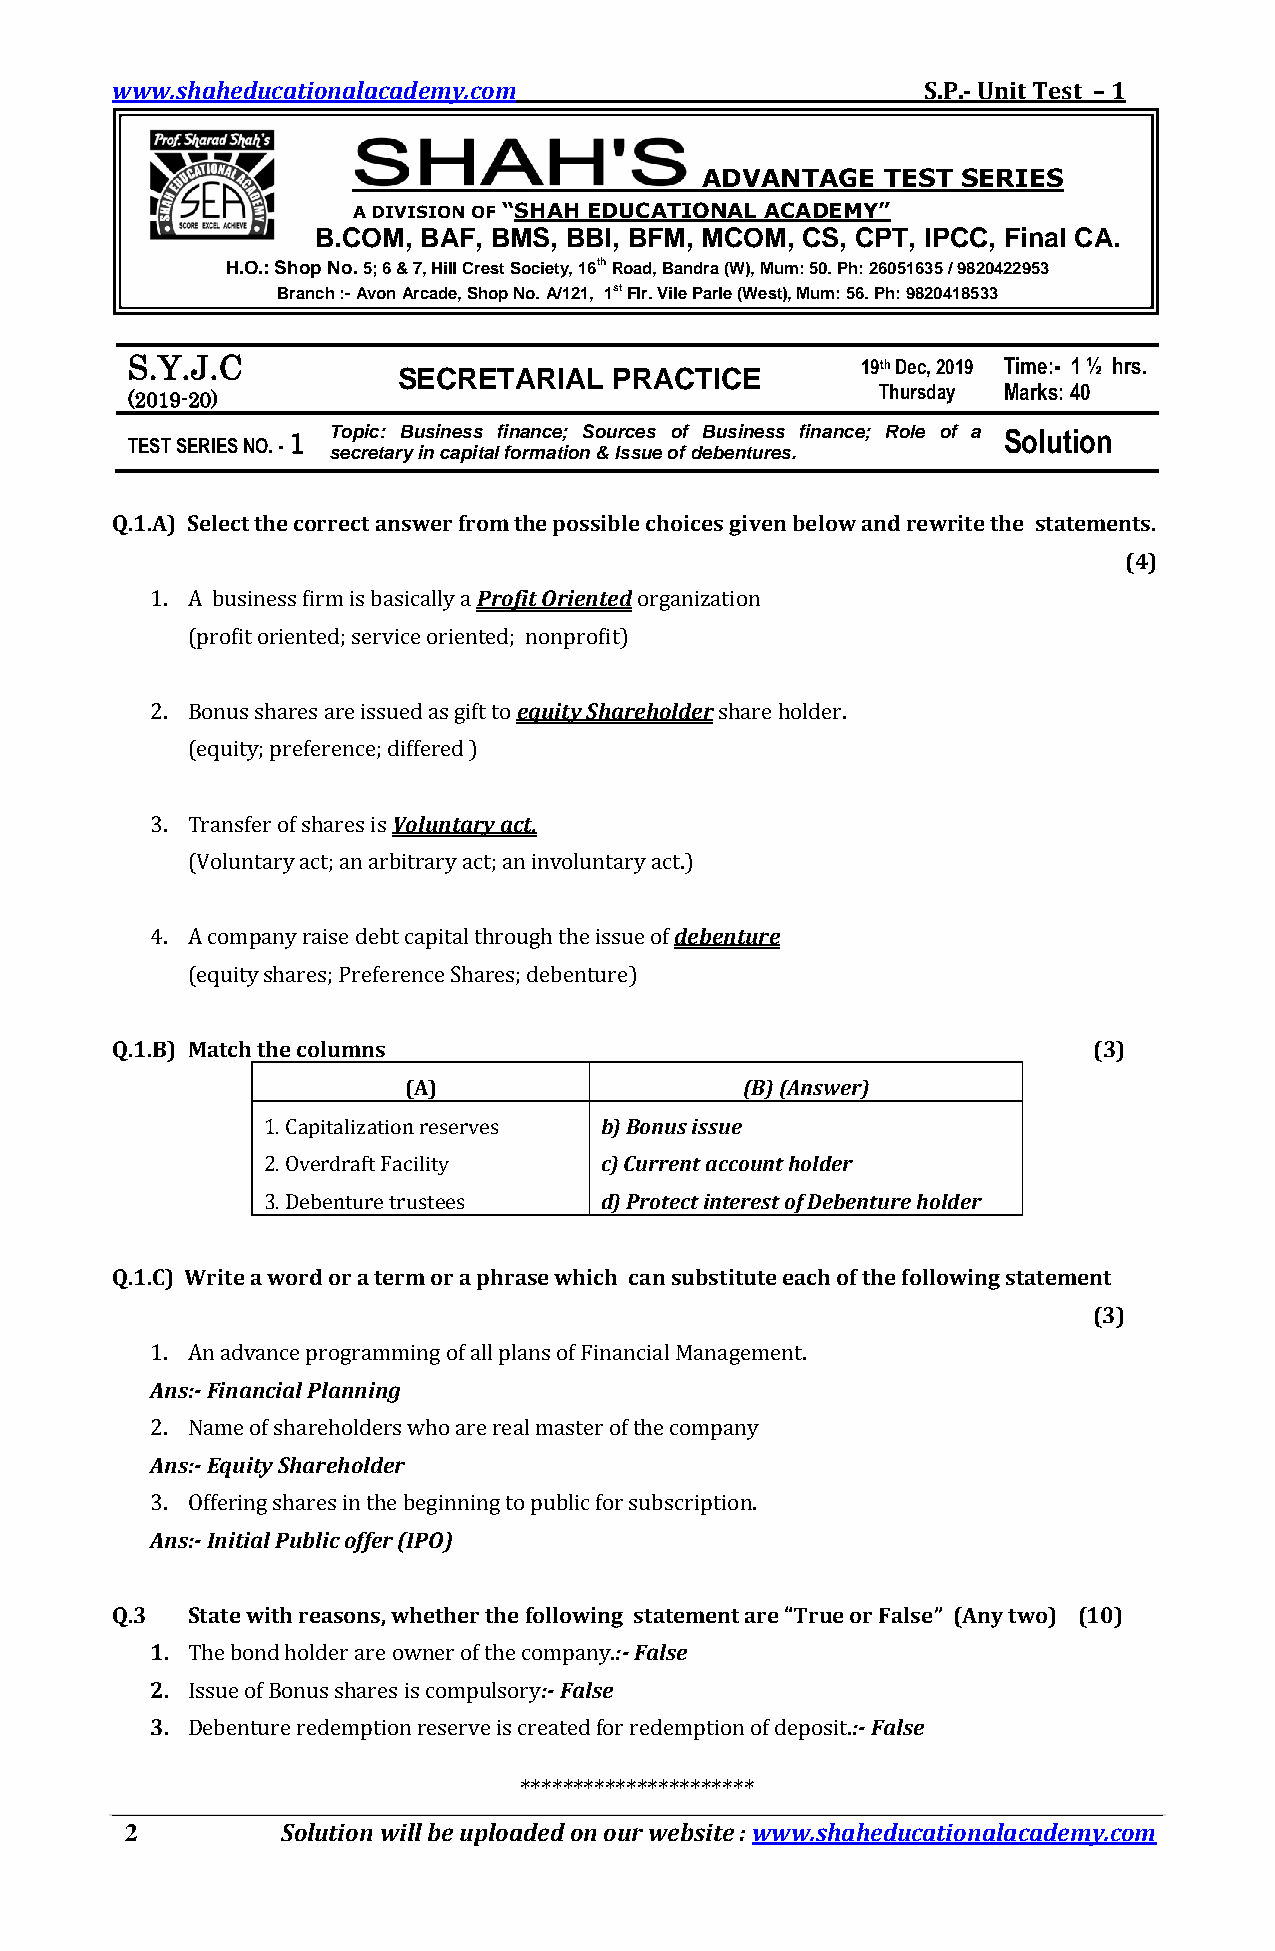
www.shaheducationalacademy.com                        S.P.- Unit Test – 1
 ADVANTAGE    TEST SERIES
 A DIVISION OF “SHAH EDUCATIONAL ACADEMY”
 B.COM, BAF, BMS, BBI, BFM, MCOM, CS, CPT, IPCC, Final CA.
 H.O.: Shop No. 5; 6 & 7, Hill Crest Society, 16th Road, Bandra (W), Mum: 50. Ph: 26051635 / 9820422953
 Branch :- Avon Arcade, Shop No. A/121, 1st Flr. Vile Parle (West), Mum: 56. Ph: 9820418533
 S.Y.J.C                                          19th Dec, 2019 Time:- 1 ½ hrs.
 SECRETARIAL    PRACTICE
 (2019-20)
 Thursday Marks: 40
 TEST SERIES NO. -
 1  T seo cp ri ec t:
 a
 rB
 y
 u ins i cn ae ps is
 t
 alf i fn oa rmnc ae t;
 io
 nS o &u Ir sc se us
 e
 oo ff deB bu es nin tue rs es
 s .
 f i nance; Role of a Solution
 Q.1.A) Select the correct answer from the possible choices given below and rewrite the statements.
 (4)
 1. A business firm is basically a Profit Oriented organization
 (profit oriented; service oriented; nonprofit)
 2. Bonus shares are issued as gift to equity Shareholder share holder.
 (equity; preference; differed )
 3. Transfer of shares is Voluntary act.
 (Voluntary act; an arbitrary act; an involuntary act.)
 4. A company raise debt capital through the issue of debenture
 (equity shares; Preference Shares; debenture)
 Q.1.B) Match the columns                                         (3)
 (A)                   (B) (Answer)
 1. Capitalization reserves b) Bonus issue
 2. Overdraft Facility  c) Current account holder
 3. Debenture trustees  d) Protect interest of Debenture holder
 Q.1.C) Write a word or a term or a phrase which can substitute each of the following statement
 (3)
 1. An advance programming of all plans of Financial Management.
 Ans:- Financial Planning
 2. Name of shareholders who are real master of the company
 Ans:- Equity Shareholder
 3. Offering shares in the beginning to public for subscription.
 Ans:- Initial Public offer (IPO)
 Q.3  State with reasons, whether the following statement are “True or False” (Any two) (10)
 1. The bond holder are owner of the company.:- False
 2. Issue of Bonus shares is compulsory:- False
 3. Debenture redemption reserve is created for redemption of deposit.:- False
 **********************
 2          Solution will be uploaded on our website : www.shaheducationalacademy.com